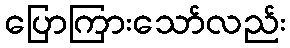
ပြောကြားသော်လည်း